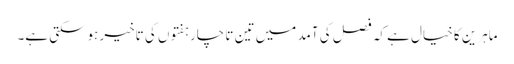
ماہرین کا خیال ہے کہ فصل کی آمد میں تین تا چار ہفتوں کی تاخیر ہوسکتی ہے۔